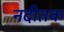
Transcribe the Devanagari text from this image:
नदीतक